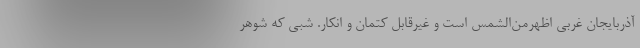
آذربايجان غربي اظهرمن‌الشمس است و غيرقابل كتمان و انكار. شبي كه شوهر